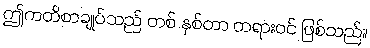
ဤကတိစာချုပ်သည် တစ် နှစ်တာ တရားဝင် ဖြစ်သည်။